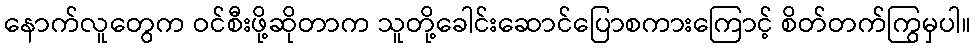
နောက်လူတွေက ဝင်စီးဖို့ဆိုတာက သူတို့ခေါင်းဆောင်ပြောစကားကြောင့် စိတ်တက်ကြွမှပါ။